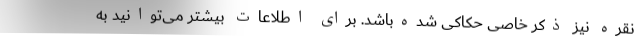
نقره نیز ذکر خاصی حکاکی شده‌باشد. برای اطلاعات بیشتر می‌توانید به